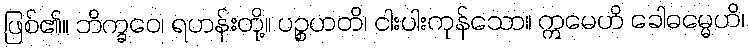
ဖြစ်၏။ ဘိက္ခဝေ၊ ရဟန်းတို့။ ပဉ္စဟတိ၊ ငါးပါးကုန်သော။ ဣမေဟိ ခေါဓမ္မေဟိ၊